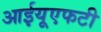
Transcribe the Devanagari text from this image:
आईयूएफटी